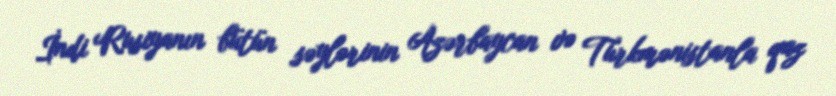
İndi Rusiyanın bütün səylərinin Azərbaycan və Türkmənistanla qaz